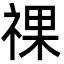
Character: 祼